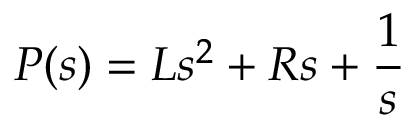
P ( s ) = L s ^ { 2 } + R s + { \frac { 1 } { s } }